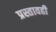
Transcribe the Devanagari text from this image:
प्रस्तावही